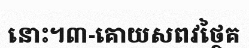
នោះ។៣-គោយសពវថ្ថៃគ